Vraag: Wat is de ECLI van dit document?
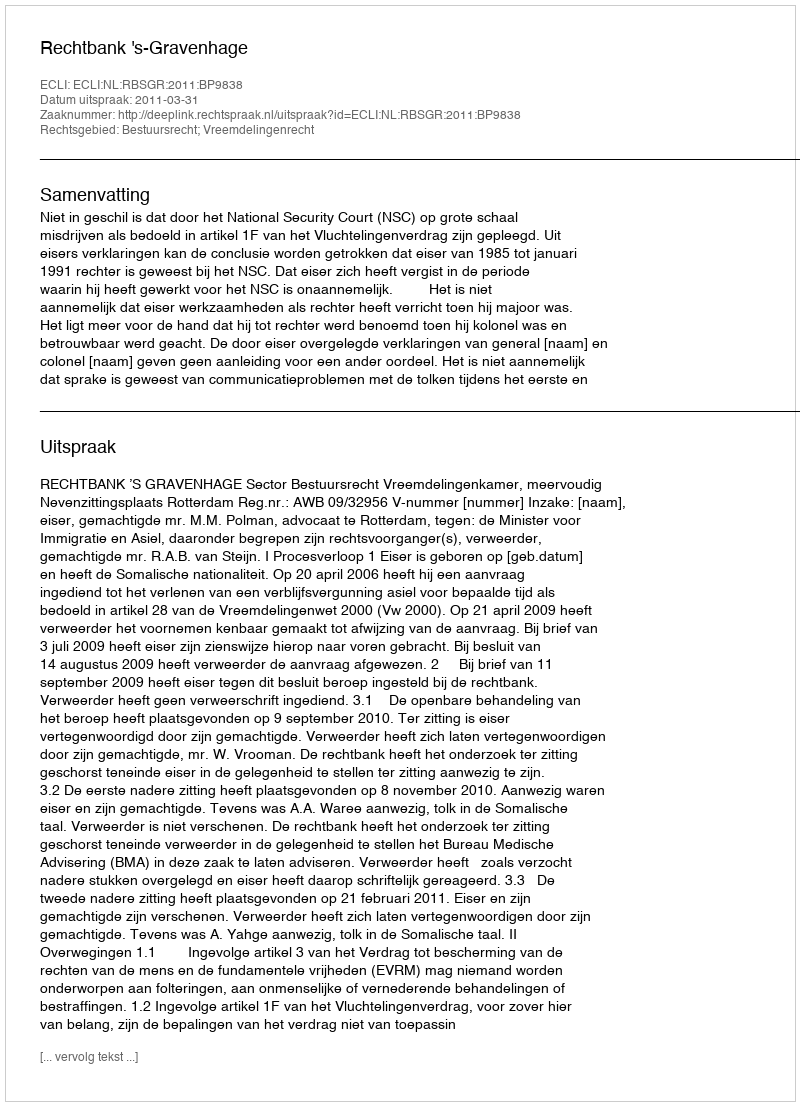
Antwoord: ECLI:NL:RBSGR:2011:BP9838